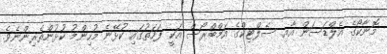
މޮނާކޯގެ އެލްޑަސަން އާއި ސެލްޓިކްގެ އަމްބްރޯސް އަކީ ފަހަތުގައި ކުޅޭނެ މުުހިންމު ކުޅުންތެރިންނެވެ.